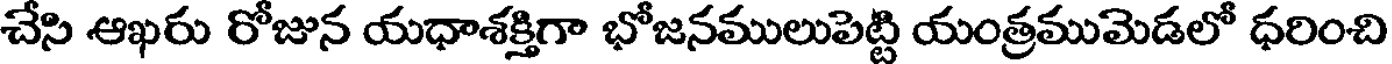
చేసి ఆఖరు రోజున యధాశక్తిగా భోజనములుపెట్టి యంత్రముమెడలో ధరించి